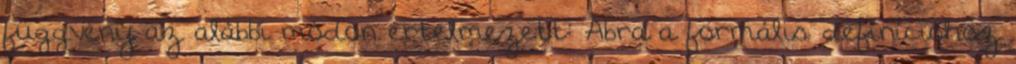
függvény az alábbi módon értelmezett: Ábra a formális definícióhoz